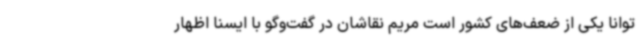
توانا یکی از ضعف‌های کشور است مریم نقاشان در گفت‌وگو با ایسنا اظهار